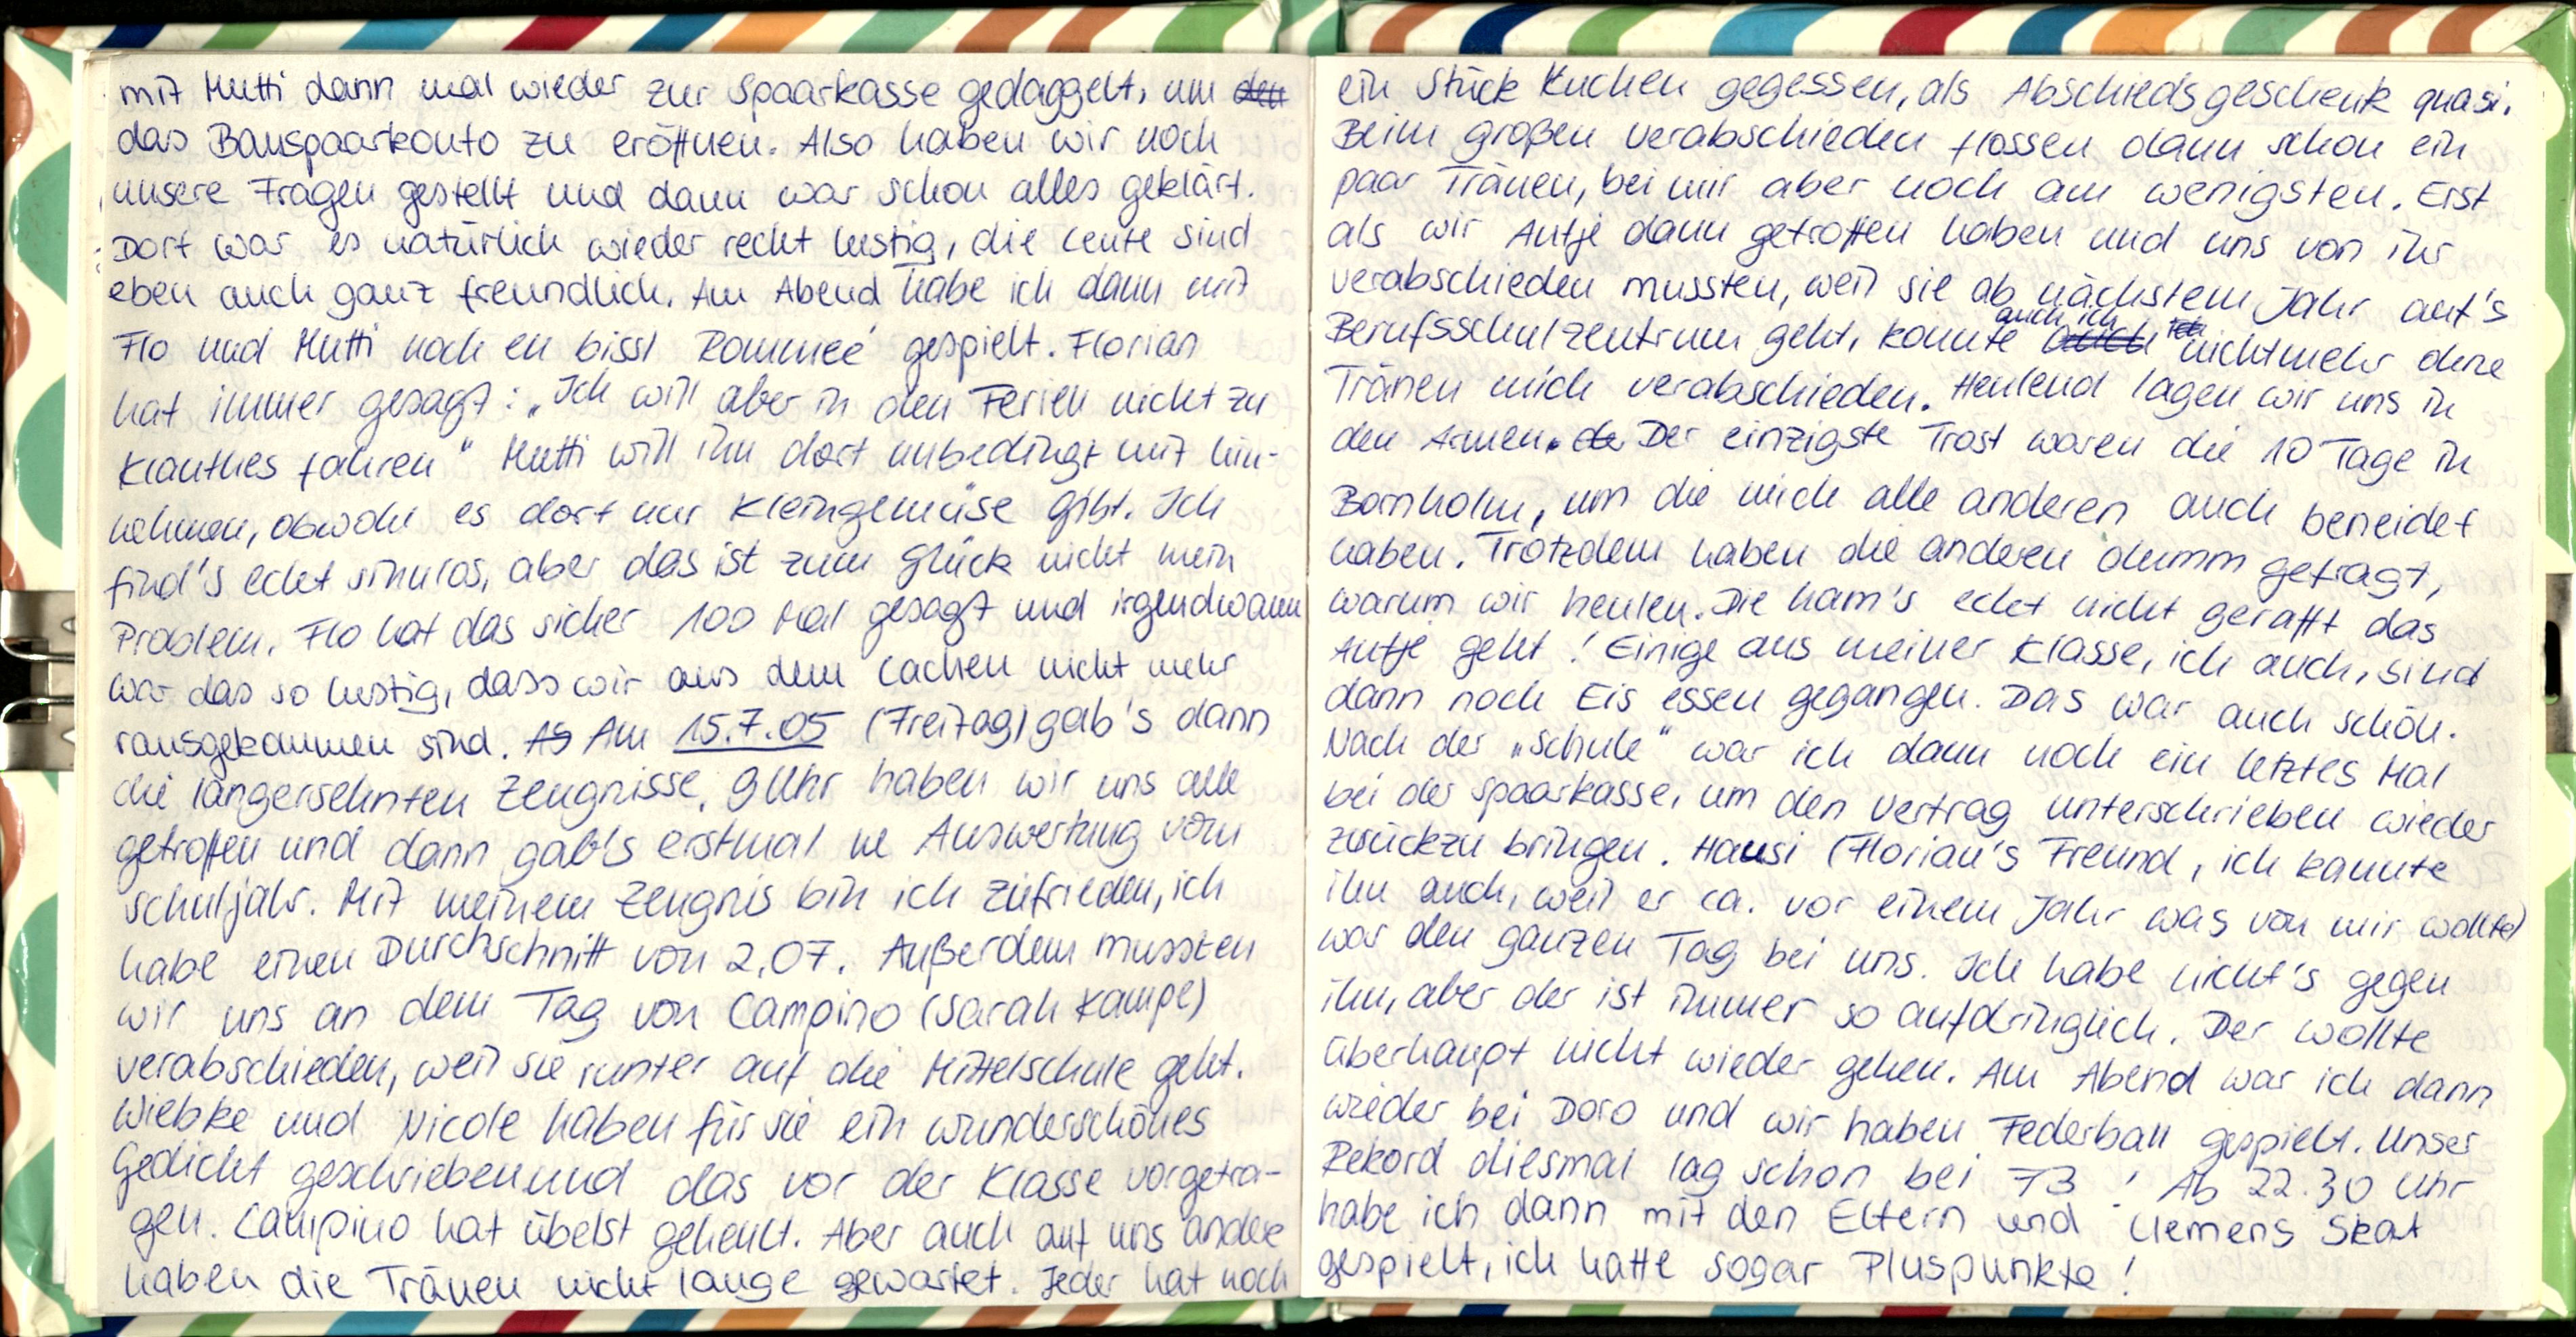
mit Mutti dann mal wieder zur Spaarkasse gedaggelt, um
das Bauspaarkonto zu eröffnen. Also haben wir noch
unsere Fragen gestellt und dann war schon alles geklärt.
Dort war es natürlich wieder recht lustig, die Leute sind
eben auch ganz freundlich. Am Abend habe ich dann mt
Flo und Mutti noch en bissl Rommée gespielt. Florian
hat immer gesagt: „Ich will aber in den Ferien nicht zu
Klanthes fahren" Mutti will ihn dort unbedingt mit hin-
nehmen, obwohl es dort nur Kleingemüse gibt. Ich
find's echt sinnlos, aber das ist zum Glück nicht mein
Problem. Flo hat das sicher 100 Mal gesagt und irgendwann
war das so lustig, dass wir aus dem Lachen nicht mehr
rausgekommen sind. Am 15.7.05 (Freitag) gab's dann
die langersehnten Zeugnisse. 9Uhr haben wir uns alle
getroffen und dann gab's erstmal ne Auswertung vom
Schuljahr. Mit meinem Zeugnis bin ich zufrieden, ich
habe einen Durchschnitt von 2,07. Außerdem mussten
wir uns an dem Tag von Campino (Sarah Kampe)
verabschieden, weil sie runter auf die Mittelschule geht.
Wiebke und Nicole haben für sie ein wunderschölles
Gedicht geschrieben und das vor der Klasse vorgetra-
gen. Campino hat übelst geheult. Aber auch auf uns andere
haben die Träuen nicht lange gewartet. Jeder hat noch

ein Stück Kuchen gegessen, als Abschiedsgeschenk quasi.
Beim großen Verabschieden flossen dann schon ein
paar Tränen, bei mir aber noch am wenigsten. Erst
als wir Autje dann getroffen haben und uns von ihr
verabschieden mussten, weil sie ab nächstem Jahr auf's
Berufsschulzentrum geht, konnte nichtmehr ohne
Tränen mich verabschieden. Heulend lagen wir uns in
den Armen. Der einzigste Trost waren die 10 Tage in
Bornholm, um die mich alle anderen auch beneidet
haben. Trotzdem haben die anderen dumm gefragt,
warum wir heulen. Die ham's echt nicht gerafft das
Antje geht! Einige aus meiner Klasse, ich auch, sind
dann noch Eis essen gegangen. Das war auch schön.
Nach der „Schule" war ich dann noch ein letztes Mal
bei der Spaarkasse, um den Vertrag unterschrieben wieder
zurückzu bringen. Hausi (Florian's Freund, ich kannte
inn auch, weil er ca. vor einem Jahr was von mir wollte)
war den ganzen Tag bei uns. Ich habe nicht's gegen
ihn, aber der ist immer so aufdringlich. Der wollte
überhaupt nicht wieder gehen. Am Abend war ich dann
wieder bei Doro und wir haben Federball gespielt. Unser
Rekord diesmal lag schon bei 73! Ab 22.30 Uhr
habe ich dann mit den Eltern und Clemens Skat
gespielt, ich hatte sogar Pluspunkte!